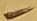
Text: -